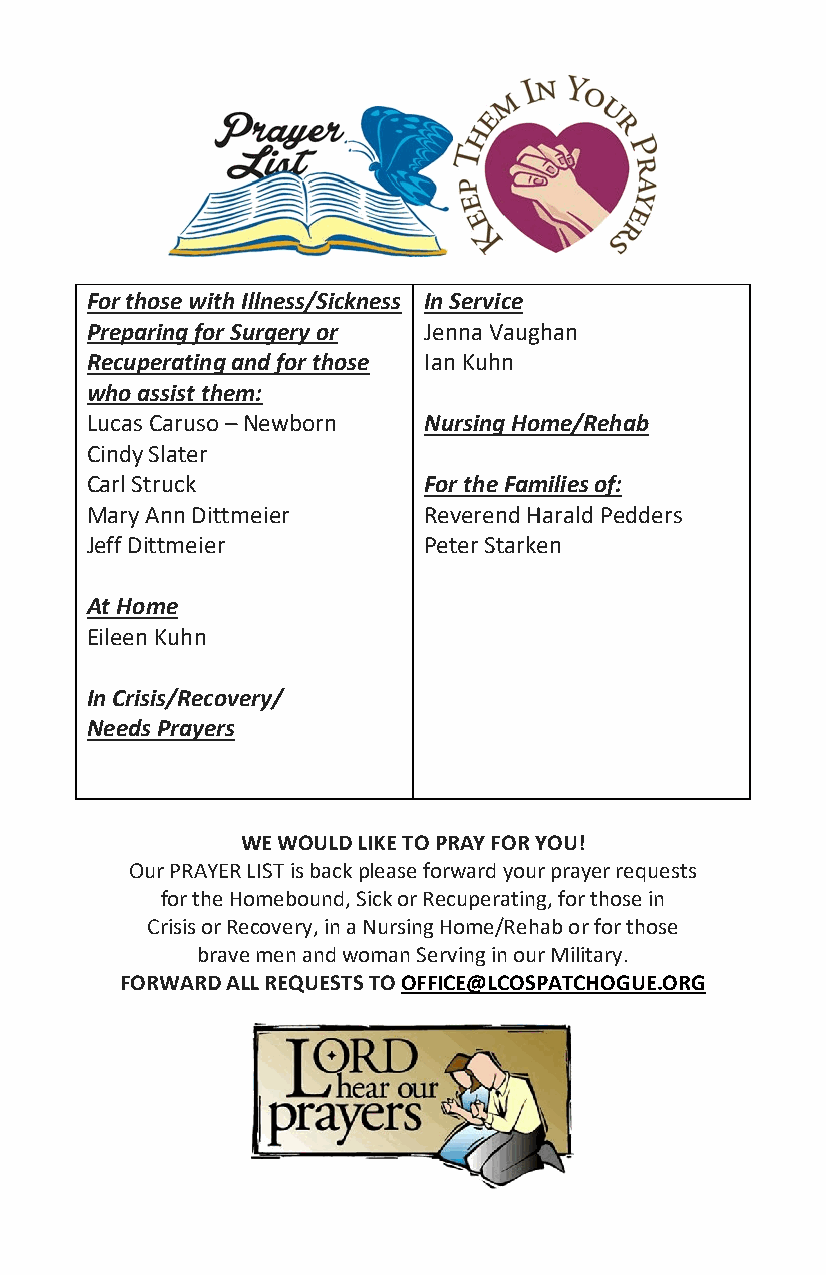
For those with Illness/Sickness In Service
 Preparing for Surgery or Jenna Vaughan
 Recuperating and for those Ian Kuhn
 who assist them:
 Lucas Caruso – Newborn Nursing Home/Rehab
 Cindy Slater
 Carl Struck           For the Families of:
 Mary Ann Dittmeier    Reverend Harald Pedders
 Jeff Dittmeier        Peter Starken
 At Home
 Eileen Kuhn
 In Crisis/Recovery/
 Needs Prayers
 WE WOULD LIKE TO PRAY FOR YOU!
 Our PRAYER LIST is back please forward your prayer requests
 for the Homebound, Sick or Recuperating, for those in
 Crisis or Recovery, in a Nursing Home/Rehab or for those
 brave men and woman Serving in our Military.
 FORWARD ALL REQUESTS TO OFFICE@LCOSPATCHOGUE.ORG